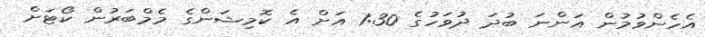
އެހެންވުމުން އަންނަ ބުދަ ދުވަހުގެ 1:30 އަށް އެ ކޮމިޝަންގެ މެމްބަރުން ކޯޓަށް